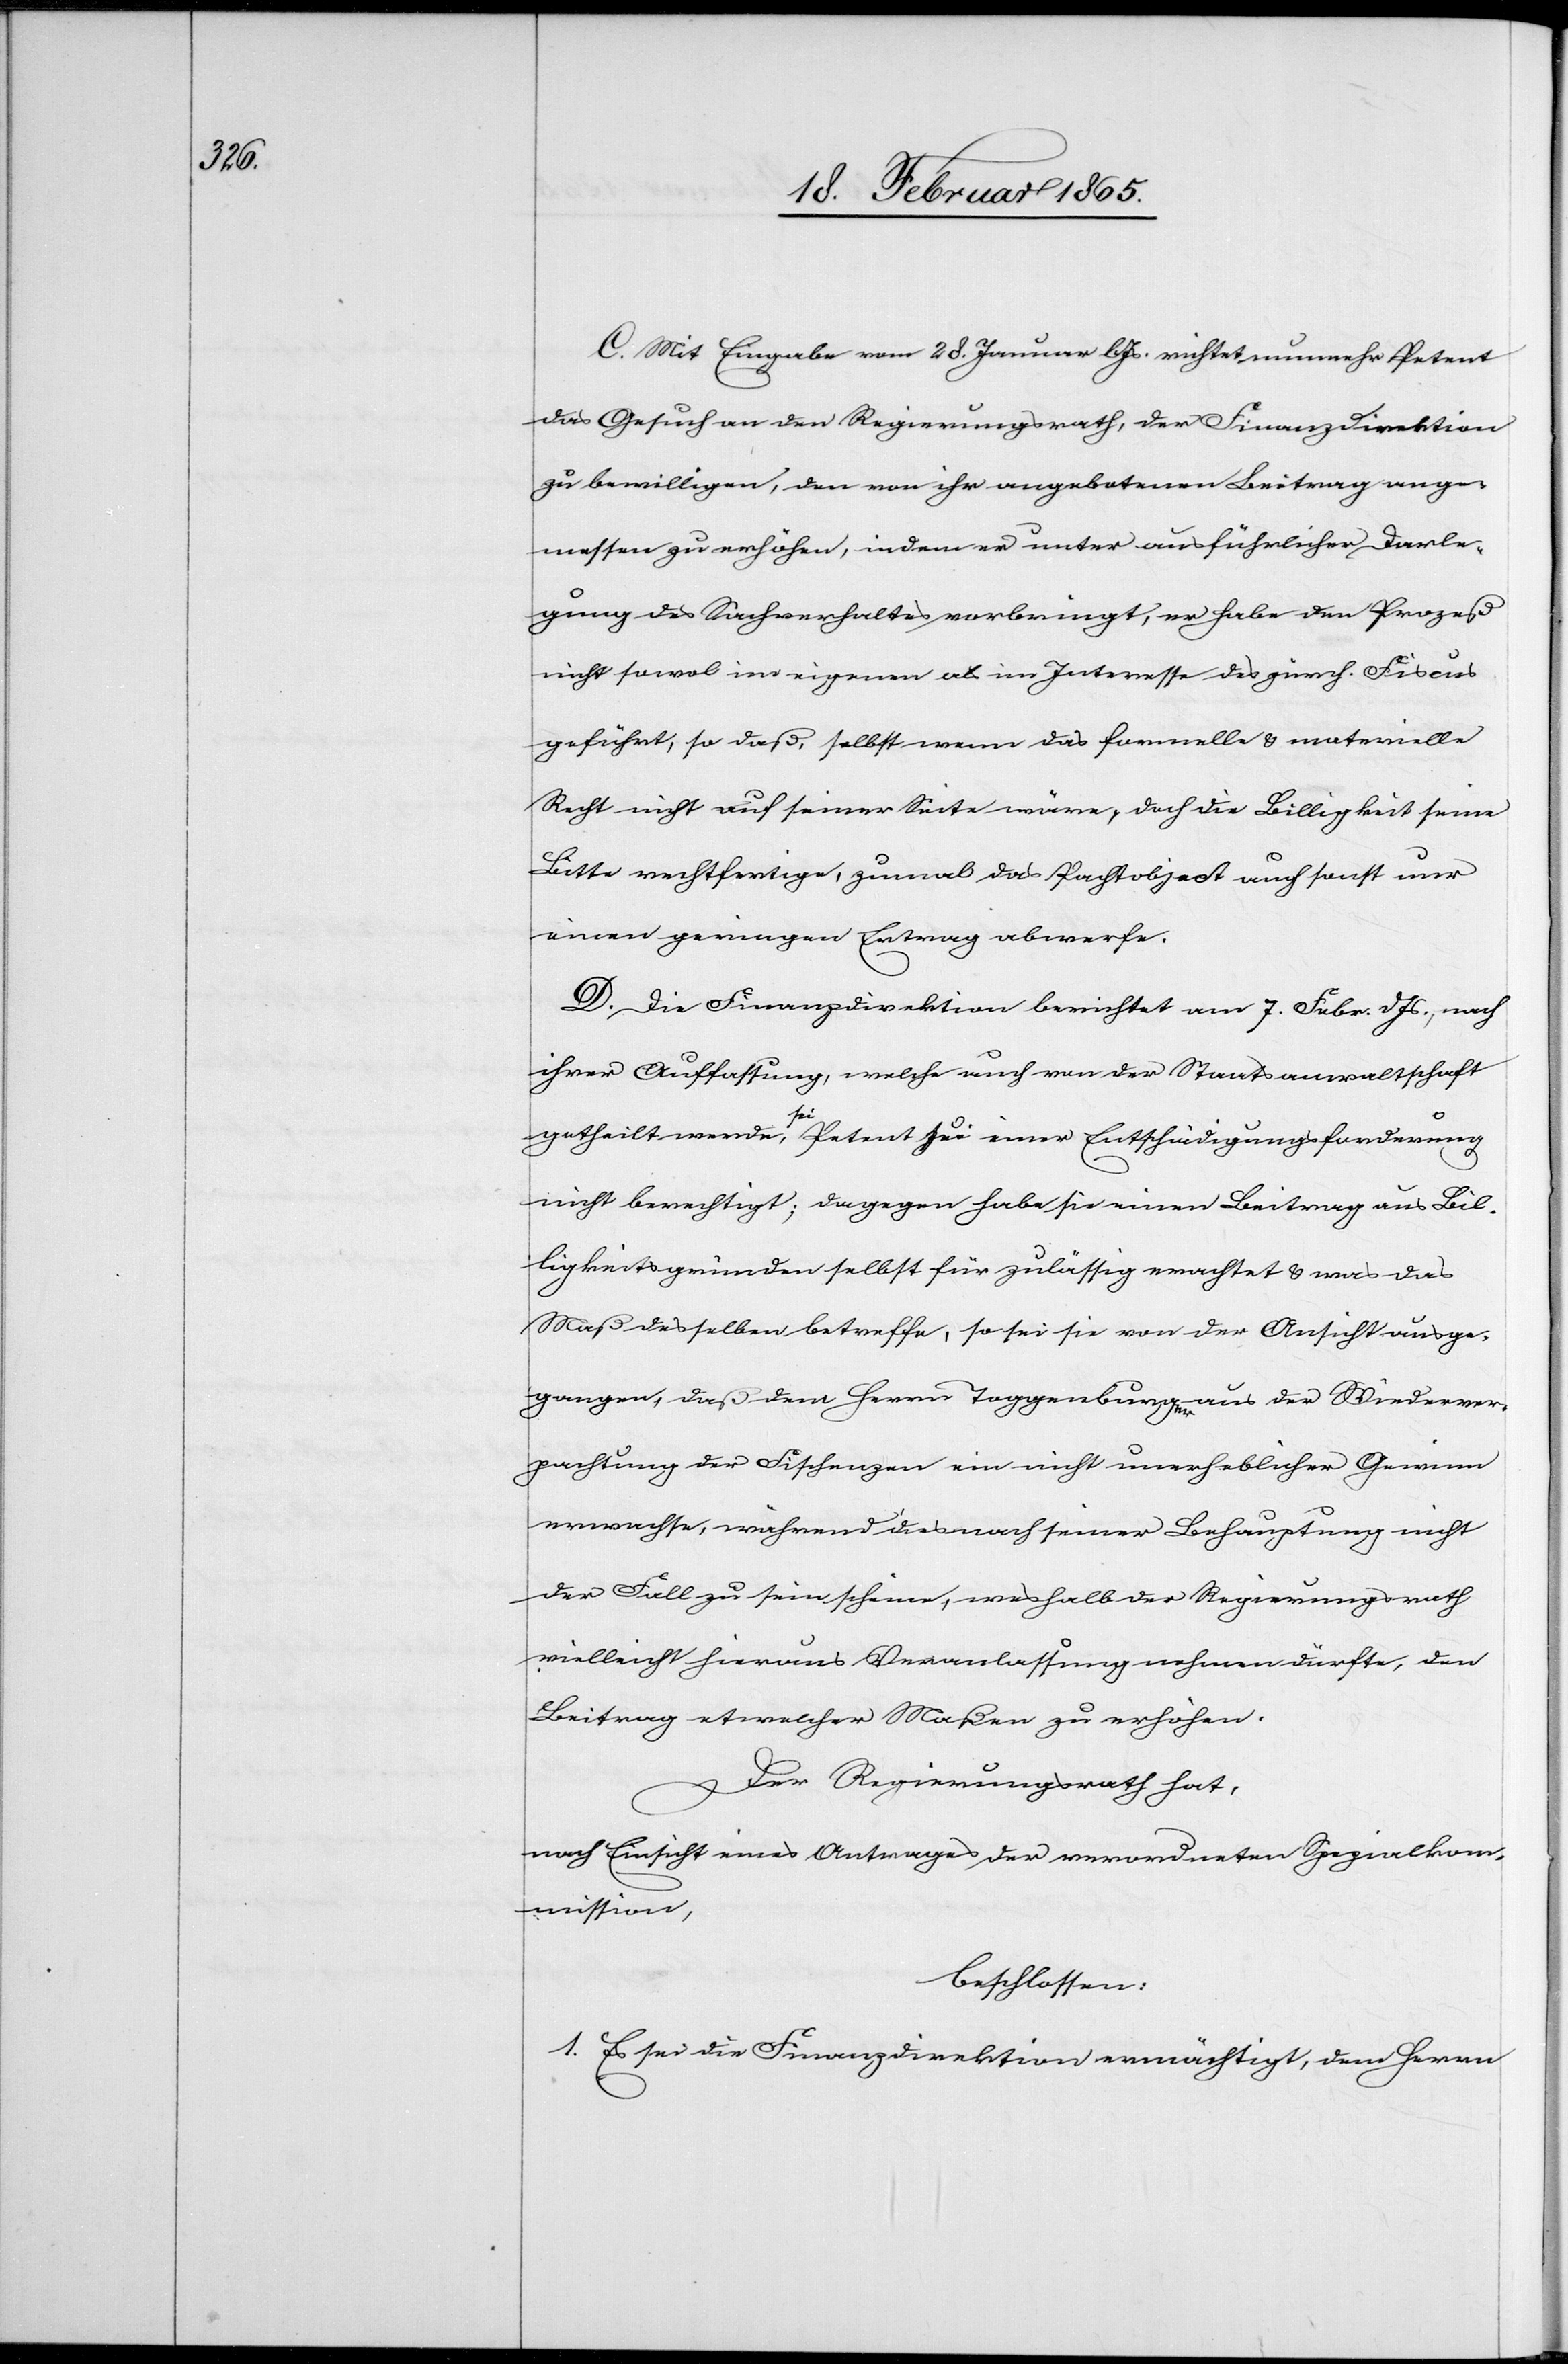
C. Mit Eingabe vom 28. Januar l Js. richtet nunmehr Petent
das Gesuch an den Regierungsrath, der Finanzdirektion
zu bewilligen, den von ihr angebotenen Beitrag ange¬
messen zu erhöhen, indem er unter ausführlicher Darle¬
gung des Sachverhaltes vorbringt, er habe den Prozeß
nicht sowol im eigenen als im Interesse des zürch. Fiscus
geführt, so daß, selbst wenn das formelle u. materielle
Recht nicht auf seiner Seite wäre, doch die Billigkeit seine
Bitte rechtfertige, zumal das Pachtobject auch sonst nur
einen geringen Ertrag abwerfe.
D. Die Finanzdirektion berichtet am 7. Febr. d Js., nach
ihrer Auffassung, welche auch von der Staatsanwaltschaft
getheilt werde, sei Petent zu einer Entschädigungsforderung
nicht berechtigt; dagegen habe sie einen Beitrag aus Bil¬
ligkeitsgründen selbst für zulässig erachtet u. was das
Maß desselben betreffe, so sei sie von der Ansicht ausge¬
gangen, daß dem Herrn Toggenburger aus der Wiederver¬
pachtung der Fischenzen ein nicht unerheblicher Gewinn
erwachse, während dies nach seiner Behauptung nicht
der Fall zu sein scheine, weshalb der Regierungsrath
vielleicht hieraus Veranlassung nehmen dürfte, den
Beitrag etwelcher Maßen zu erhöhen.
Der Regierungsrath hat,
nach Einsicht eines Antrages der verordneten Spezialkom¬
mission,
beschlossen:
1. Es sei die Finanzdirektion ermächtigt, dem Herrn